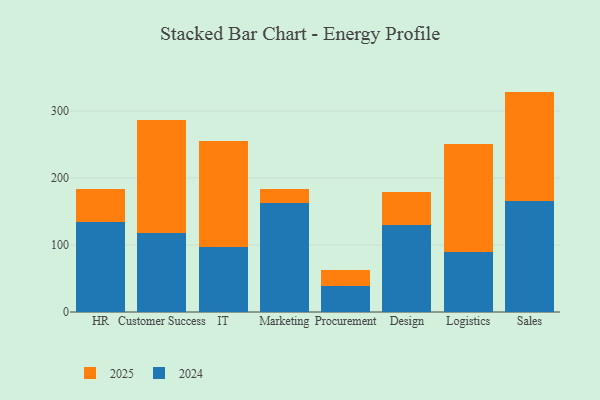
{"axis": {"x": "Department", "y": "Energy Usage (MWh)"}, "legend": ["2024", "2025"], "data": [{"x": "HR", "y": 49.5, "type": "2025"}, {"x": "HR", "y": 134.1, "type": "2024"}, {"x": "Customer Success", "y": 169.0, "type": "2025"}, {"x": "Customer Success", "y": 117.6, "type": "2024"}, {"x": "IT", "y": 158.0, "type": "2025"}, {"x": "IT", "y": 96.8, "type": "2024"}, {"x": "Marketing", "y": 20.8, "type": "2025"}, {"x": "Marketing", "y": 163.2, "type": "2024"}, {"x": "Procurement", "y": 23.5, "type": "2025"}, {"x": "Procurement", "y": 39.4, "type": "2024"}, {"x": "Design", "y": 49.3, "type": "2025"}, {"x": "Design", "y": 129.5, "type": "2024"}, {"x": "Logistics", "y": 160.7, "type": "2025"}, {"x": "Logistics", "y": 89.4, "type": "2024"}, {"x": "Sales", "y": 163.4, "type": "2025"}, {"x": "Sales", "y": 165.5, "type": "2024"}]}